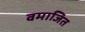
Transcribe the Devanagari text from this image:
वमाजित